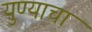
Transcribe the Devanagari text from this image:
युण्याचा